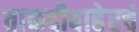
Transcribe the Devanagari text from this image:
ताकदीबाहेरचे